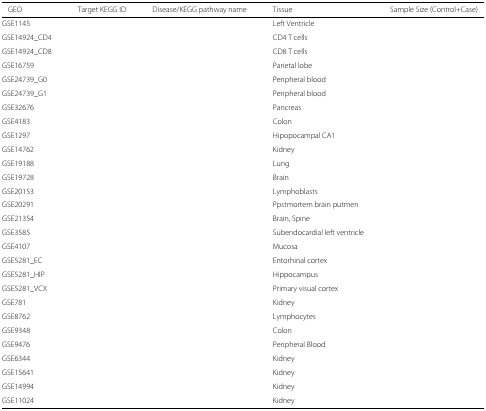
<table><thead><tr><td><b>GEO</b></td><td><b>Target KEGG ID</b></td><td><b>Disease/KEGG pathway name</b></td><td><b>Tissue</b></td><td><b>Sample Size (Control+Case)</b></td></tr></thead><tbody><tr><td>GSE1145</td><td>[EMPTY_CELL]</td><td>[EMPTY_CELL]</td><td>Left Ventricle</td><td>[EMPTY_CELL]</td></tr><tr><td>GSE14924_CD4</td><td>[EMPTY_CELL]</td><td>[EMPTY_CELL]</td><td>CD4 T cells</td><td>[EMPTY_CELL]</td></tr><tr><td>GSE14924_CD8</td><td>[EMPTY_CELL]</td><td>[EMPTY_CELL]</td><td>CD8 T cells</td><td>[EMPTY_CELL]</td></tr><tr><td>GSE16759</td><td>[EMPTY_CELL]</td><td>[EMPTY_CELL]</td><td>Parietal lobe</td><td>[EMPTY_CELL]</td></tr><tr><td>GSE24739_G0</td><td>[EMPTY_CELL]</td><td>[EMPTY_CELL]</td><td>Peripheral blood</td><td>[EMPTY_CELL]</td></tr><tr><td>GSE24739_G1</td><td>[EMPTY_CELL]</td><td>[EMPTY_CELL]</td><td>Peripheral blood</td><td>[EMPTY_CELL]</td></tr><tr><td>GSE32676</td><td>[EMPTY_CELL]</td><td>[EMPTY_CELL]</td><td>Pancreas</td><td>[EMPTY_CELL]</td></tr><tr><td>GSE4183</td><td>[EMPTY_CELL]</td><td>[EMPTY_CELL]</td><td>Colon</td><td>[EMPTY_CELL]</td></tr><tr><td>GSE1297</td><td>[EMPTY_CELL]</td><td>[EMPTY_CELL]</td><td>Hipopocampal CA1</td><td>[EMPTY_CELL]</td></tr><tr><td>GSE14762</td><td>[EMPTY_CELL]</td><td>[EMPTY_CELL]</td><td>Kidney</td><td>[EMPTY_CELL]</td></tr><tr><td>GSE19188</td><td>[EMPTY_CELL]</td><td>[EMPTY_CELL]</td><td>Lung</td><td>[EMPTY_CELL]</td></tr><tr><td>GSE19728</td><td>[EMPTY_CELL]</td><td>[EMPTY_CELL]</td><td>Brain</td><td>[EMPTY_CELL]</td></tr><tr><td>GSE20153</td><td>[EMPTY_CELL]</td><td>[EMPTY_CELL]</td><td>Lymphoblasts</td><td>[EMPTY_CELL]</td></tr><tr><td>GSE20291</td><td>[EMPTY_CELL]</td><td>[EMPTY_CELL]</td><td>Ppstmortem brain putmen</td><td>[EMPTY_CELL]</td></tr><tr><td>GSE21354</td><td>[EMPTY_CELL]</td><td>[EMPTY_CELL]</td><td>Brain, Spine</td><td>[EMPTY_CELL]</td></tr><tr><td>GSE3585</td><td>[EMPTY_CELL]</td><td>[EMPTY_CELL]</td><td>Subendocardial left ventricle</td><td>[EMPTY_CELL]</td></tr><tr><td>GSE4107</td><td>[EMPTY_CELL]</td><td>[EMPTY_CELL]</td><td>Mucosa</td><td>[EMPTY_CELL]</td></tr><tr><td>GSE5281_EC</td><td>[EMPTY_CELL]</td><td>[EMPTY_CELL]</td><td>Entorhinal cortex</td><td>[EMPTY_CELL]</td></tr><tr><td>GSE5281_HIP</td><td>[EMPTY_CELL]</td><td>[EMPTY_CELL]</td><td>Hippocampus</td><td>[EMPTY_CELL]</td></tr><tr><td>GSE5281_VCX</td><td>[EMPTY_CELL]</td><td>[EMPTY_CELL]</td><td>Primary visual cortex</td><td>[EMPTY_CELL]</td></tr><tr><td>GSE781</td><td>[EMPTY_CELL]</td><td>[EMPTY_CELL]</td><td>Kidney</td><td>[EMPTY_CELL]</td></tr><tr><td>GSE8762</td><td>[EMPTY_CELL]</td><td>[EMPTY_CELL]</td><td>Lymphocytes</td><td>[EMPTY_CELL]</td></tr><tr><td>GSE9348</td><td>[EMPTY_CELL]</td><td>[EMPTY_CELL]</td><td>Colon</td><td>[EMPTY_CELL]</td></tr><tr><td>GSE9476</td><td>[EMPTY_CELL]</td><td>[EMPTY_CELL]</td><td>Peripheral Blood</td><td>[EMPTY_CELL]</td></tr><tr><td>GSE6344</td><td>[EMPTY_CELL]</td><td>[EMPTY_CELL]</td><td>Kidney</td><td>[EMPTY_CELL]</td></tr><tr><td>GSE15641</td><td>[EMPTY_CELL]</td><td>[EMPTY_CELL]</td><td>Kidney</td><td>[EMPTY_CELL]</td></tr><tr><td>GSE14994</td><td>[EMPTY_CELL]</td><td>[EMPTY_CELL]</td><td>Kidney</td><td>[EMPTY_CELL]</td></tr><tr><td>GSE11024</td><td>[EMPTY_CELL]</td><td>[EMPTY_CELL]</td><td>Kidney</td><td>[EMPTY_CELL]</td></tr></tbody></table>